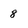
Character: 8